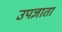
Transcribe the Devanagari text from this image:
उपज्ञाता